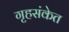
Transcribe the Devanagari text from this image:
गृहसंकेत